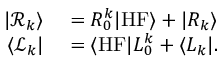
\begin{array} { r l } { \vert \mathcal { R } _ { k } \rangle } & { { } = R _ { 0 } ^ { k } \vert \mathrm { H F } \rangle + \vert R _ { k } \rangle } \\ { \langle \mathcal { L } _ { k } \vert } & { { } = \langle \mathrm { H F } \vert L _ { 0 } ^ { k } + \langle L _ { k } \vert . } \end{array}